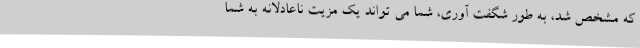
که مشخص شد، به طور شگفت آوری، شما می تواند یک مزیت ناعادلانه به شما